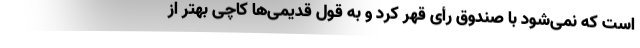
است که نمی‌شود با صندوق رأی قهر کرد و به قول قدیمی‌ها کاچی بهتر از